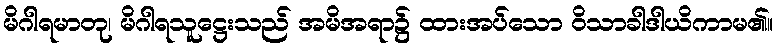
မိဂါရမာတု၊ မိဂါရသူဋ္ဌေးသည် အမိအရာ၌ ထားအပ်သော ဝိသာခါဒါယိကာမ၏။